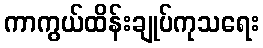
ကာကွယ်ထိန်းချုပ်ကုသရေး